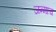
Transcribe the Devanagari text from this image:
जन्माच